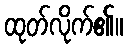
ထုတ်လိုက်၏။